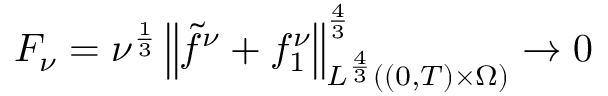
F _ { \nu } = \nu ^ { \frac 1 3 } \left\lVert \tilde { f } ^ { \nu } + f _ { 1 } ^ { \nu } \right\rVert _ { L ^ { \frac 4 3 } ( ( 0 , T ) \times \Omega ) } ^ { \frac 4 3 } \to 0